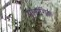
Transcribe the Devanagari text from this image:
पृासंगिक